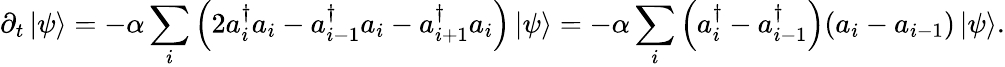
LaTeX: \partial_{t}\left|\psi\right\rangle=-\alpha\sum_{i}\left(2a_{i}^{\dagger}a_{i}-a_{i-1}^{\dagger}a_{i}-a_{i+1}^{\dagger}a_{i}\right)\left|\psi\right\rangle=-\alpha\sum_{i}\left(a_{i}^{\dagger}-a_{i-1}^{\dagger}\right)(a_{i}-a_{i-1})\left|\psi\right\rangle.